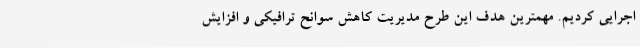
اجرایی کردیم. مهمترین هدف این طرح مدیریت کاهش سوانح ترافیکی و افزایش